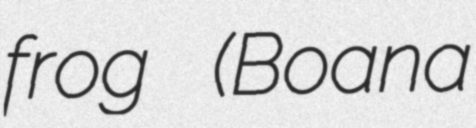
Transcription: frog (Boana